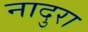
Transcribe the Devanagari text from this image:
नादुरा